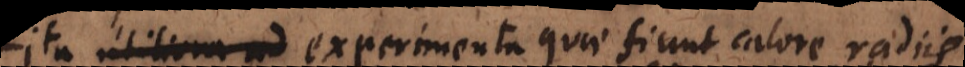
. Ita experimenta quae fiunt calore radiis